Civil Veterinary Department. Madras. Admin. report 1910-25 - 1910-1925
Year: 1910
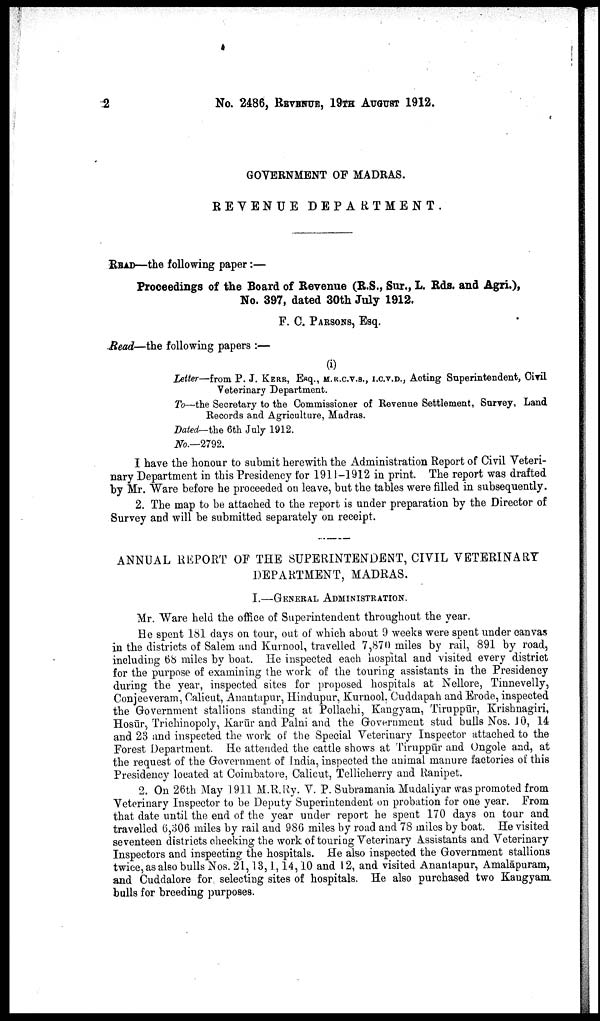
2
No. 2486, REVENUE, 19TH AUGUST 1912.
GOVERNMENT OF MADRAS.
REVENUE
DEPARTMENT.
READ—the following paper:—
Proceedings of the Board of Revenue (R.S., Sur., L. Rds. and Agri.),
No. 397, dated 30th July 1912.
F. C. PARSONS, Esq.
Read—the following papers :—
(i)
Letter—from P. J. KERR, Esq., M.R.C.V.S., I.C.V.D., Acting Superintendent, Civil
Veterinary Department.
To—the Secretary to the Commissioner of Revenue Settlement, Survey, Land
Records and Agriculture, Madras.
Dated-the 6th July 1912.
No.—2792.
I have the honour to submit herewith the Administration Report of Civil Veteri
nary Department in this Presidency for 1911-1912 in print. The report was drafted
by Mr. Ware before he proceeded on leave, but the tables were filled in subsequently.
2. The map to be attached to the report is under preparation by the Director of
Survey and will be submitted separately on receipt.
ANNUAL REPORT OF THE SUPERINTENDENT, CIVIL VETERINARY
DEPARTMENT, MADRAS.
I.—GENERAL ADMINISTRATION.
Mr. Ware held the office of Superintendent throughout the year.
He spent 181 days on tour, out of which about 9 weeks were spent under canvas
in the districts of Salem and Kurnool, travelled 7,870 miles by rail, 891 by road,
including 68 miles by boat. He inspected each hospital and visited every district
for the purpose of examining the work of the touring assistants in the Presidency
during the year, inspected sites for proposed hospitals at Nellore, Tinnevelly,
Conjeeveram, Calicut, Anantapur, Hindupur, Kurnool. Cuddapah and Erode, inspected
the Government stallions standing at Pollachi, Kangyam, Tiruppūr, Krishnagiri,
Hosūr, Trichinopoly, Karūr and Palni and the Government stud bulls Nos. 10, 14
and 23 and inspected the work of the Special Veterinary Inspector attached to the
Forest Department. He attended the cattle shows at Tiruppūr and Ongole and, at
the request of the Government of India, inspected the animal manure factories of this
Presidency located at Coimbatore, Calicut, Tellicherry and Ranipet.
2. On 26th May 1911 M.R.Ry. V. P. Subramania Mudaliyar was promoted from
Veterinary Inspector to be Deputy Superintendent on probation for one year. From
that date until the end of the year under report he spent 170 days on tour and
travelled 6,306 miles by rail and 986 miles by road and 78 miles by boat. He visited
seventeen districts checking the work of touring Veterinary Assistants and Veterinary
Inspectors and inspecting the hospitals. He also inspected the Government stallions
twice, as also bulls Nos. 21,13,1,14,10 and 12, and visited Anantapur, Amalāpuram,
and Cuddalore for selecting sites of hospitals. He also purchased two Kangyam
bulls for breeding purposes.